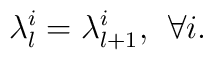
\lambda_l^i = \lambda_{l+1}^i, \: \: \forall i.